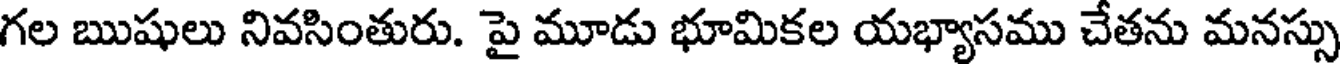
గల ఋషులు నివసింతురు. పై మూడు భూమికల యభ్యాసము చేతను మనస్సు